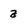
Character: a